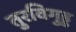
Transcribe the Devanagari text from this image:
तुरविगुड्ड